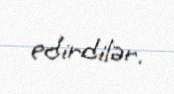
edirdilər.